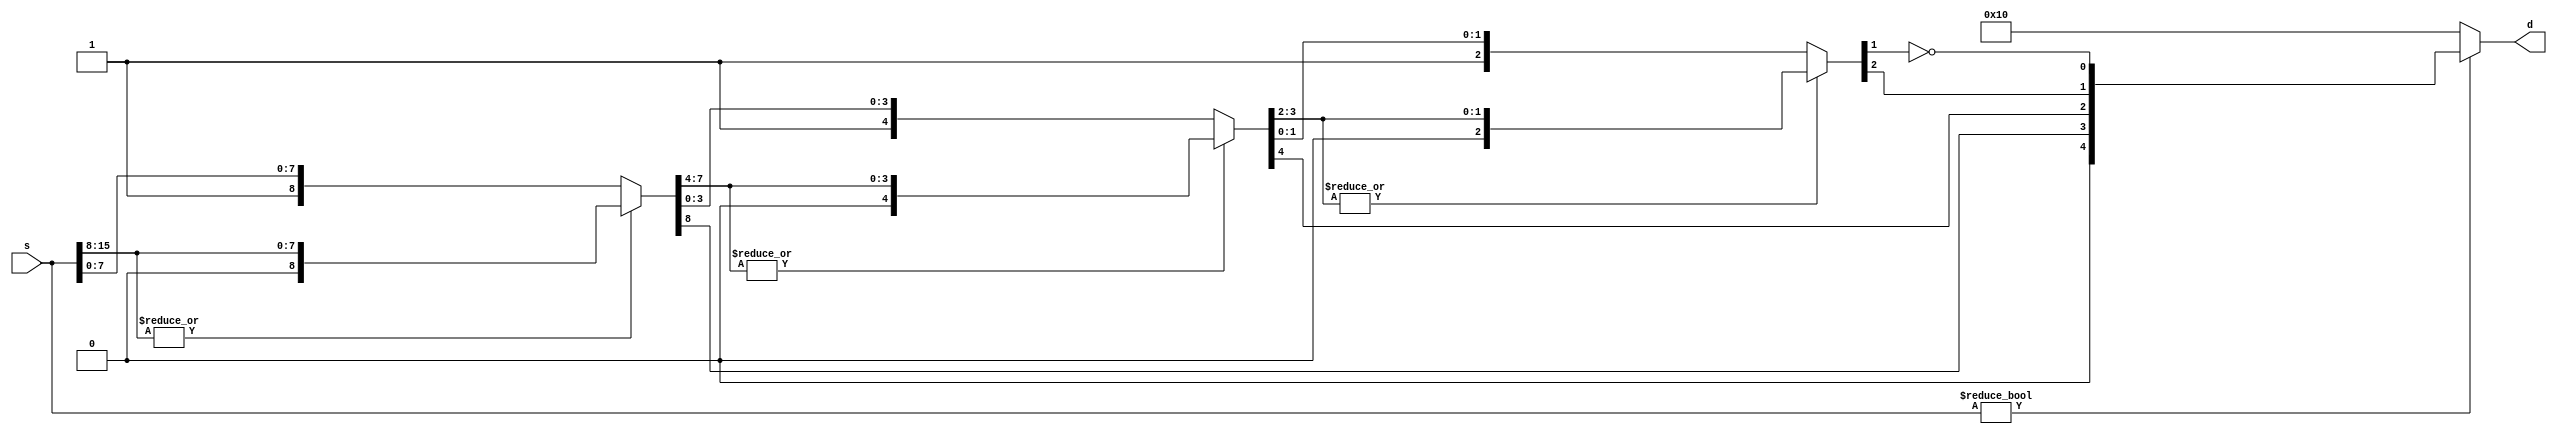
// Floating point Verilog modules for CPE480
// Created February 19, 2019 by Henry Dietz, http://aggregate.org/hankd
// Distributed under CC BY 4.0, https://creativecommons.org/licenses/by/4.0/

// Field definitions
`define	WORD	[15:0]	// generic machine word size
`define	INT	signed [15:0]	// integer size
`define FLOAT	[15:0]	// half-precision float size
`define FSIGN	[15]	// sign bit
`define FEXP	[14:7]	// exponent
`define FFRAC	[6:0]	// fractional part (leading 1 implied)

// Constants
`define	FZERO	16'b0	  // float 0
`define F32767  16'h46ff  // closest approx to 32767, actually 32640
`define F32768  16'hc700  // -32768

// Count leading zeros, 16-bit (5-bit result) d=lead0s(s)
module lead0s(d, s);
output wire [4:0] d;
input wire `WORD s;
wire [4:0] t;
wire [7:0] s8;
wire [3:0] s4;
wire [1:0] s2;
assign t[4] = 0;
assign {t[3],s8} = ((|s[15:8]) ? {1'b0,s[15:8]} : {1'b1,s[7:0]});
assign {t[2],s4} = ((|s8[7:4]) ? {1'b0,s8[7:4]} : {1'b1,s8[3:0]});
assign {t[1],s2} = ((|s4[3:2]) ? {1'b0,s4[3:2]} : {1'b1,s4[1:0]});
assign t[0] = !s2[1];
assign d = (s ? t : 16);
endmodule

// Float set-less-than, 16-bit (1-bit result) torf=a<b
module fslt(torf, a, b);
output wire torf;
input wire `FLOAT a, b;
assign torf = (a `FSIGN && !(b `FSIGN)) ||
	      (a `FSIGN && b `FSIGN && (a[14:0] > b[14:0])) ||
	      (!(a `FSIGN) && !(b `FSIGN) && (a[14:0] < b[14:0]));
endmodule

// Floating-point addition, 16-bit r=a+b
module fadd(r, a, b);
output wire `FLOAT r;
input wire `FLOAT a, b;
wire `FLOAT s;
wire [8:0] sexp, sman, sfrac;
wire [7:0] texp, taman, tbman;
wire [4:0] slead;
wire ssign, aegt, amgt, eqsgn;
assign r = ((a == 0) ? b : ((b == 0) ? a : s));
assign aegt = (a `FEXP > b `FEXP);
assign texp = (aegt ? (a `FEXP) : (b `FEXP));
assign taman = (aegt ? {1'b1, (a `FFRAC)} : ({1'b1, (a `FFRAC)} >> (texp - a `FEXP)));
assign tbman = (aegt ? ({1'b1, (b `FFRAC)} >> (texp - b `FEXP)) : {1'b1, (b `FFRAC)});
assign eqsgn = (a `FSIGN == b `FSIGN);
assign amgt = (taman > tbman);
assign sman = (eqsgn ? (taman + tbman) : (amgt ? (taman - tbman) : (tbman - taman)));
lead0s m0(slead, {sman, 7'b0});
assign ssign = (amgt ? (a `FSIGN) : (b `FSIGN));
assign sfrac = sman << slead;
assign sexp = (texp + 1) - slead;
assign s = (sman ? (sexp ? {ssign, sexp[7:0], sfrac[7:1]} : 0) : 0);
endmodule

// Floating-point multiply, 16-bit r=a*b
module fmul(r, a, b);
output wire `FLOAT r;
input wire `FLOAT a, b;
wire [15:0] m; // double the bits in a fraction, we need high bits
wire [7:0] e;
wire s;
assign s = (a `FSIGN ^ b `FSIGN);
assign m = ({1'b1, (a `FFRAC)} * {1'b1, (b `FFRAC)});
assign e = (((a `FEXP) + (b `FEXP)) -127 + m[15]);
assign r = (((a == 0) || (b == 0)) ? 0 : (m[15] ? {s, e, m[14:8]} : {s, e, m[13:7]}));
endmodule

// Floating-point reciprocal, 16-bit r=1.0/a
// Note: requires initialized inverse fraction lookup table
module frecip(r, a);
output wire `FLOAT r;
input wire `FLOAT a;
reg [6:0] look[127:0];
initial $readmemh0(look);
assign r `FSIGN = a `FSIGN;
assign r `FEXP = 253 + (!(a `FFRAC)) - a `FEXP;
assign r `FFRAC = look[a `FFRAC];
endmodule

// Floating-point shift, 16 bit
// Shift +left,-right by integer
module fshift(r, f, i);
output wire `FLOAT r;
input wire `FLOAT f;
input wire `INT i;
assign r `FFRAC = f `FFRAC;
assign r `FSIGN = f `FSIGN;
assign r `FEXP = (f ? (f `FEXP + i) : 0);
endmodule

// Integer to float conversion, 16 bit
module i2f(f, i);
output wire `FLOAT f;
input wire `INT i;
wire [4:0] lead;
wire `WORD pos;
assign pos = (i[15] ? (-i) : i);
lead0s m0(lead, pos);
assign f `FFRAC = (i ? ({pos, 8'b0} >> (16 - lead)) : 0);
assign f `FSIGN = i[15];
assign f `FEXP = (i ? (128 + (14 - lead)) : 0);
endmodule

// Float to integer conversion, 16 bit
// Note: out-of-range values go to -32768 or 32767
module f2i(i, f);
output wire `INT i;
input wire `FLOAT f;
wire `FLOAT ui;
wire tiny, big;
fslt m0(tiny, f, `F32768);
fslt m1(big, `F32767, f);
assign ui = {1'b1, f `FFRAC, 16'b0} >> ((128+22) - f `FEXP);
assign i = (tiny ? 0 : (big ? 32767 : (f `FSIGN ? (-ui) : ui)));
endmodule